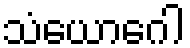
သံယောဂေါ